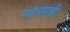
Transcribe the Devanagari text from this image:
परसाही